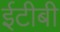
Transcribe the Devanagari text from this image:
ईटीबी